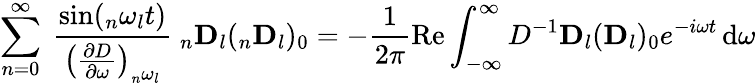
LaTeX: \sum_{n=0}^{\infty}\ \frac{\sin(_{n}\omega_{l}t)}{\left(\frac{\partial D}{\partial\omega}\right)_{_{n}\omega_{l}}}\ _{n}\mathbf{D}_{l}(_{n}\mathbf{D}_{l})_{0}=-\frac{1}{2\pi}\mathrm{Re}\int_{-\infty}^{\infty}D^{-1}\mathbf{D}_{l}(\mathbf{D}_{l})_{0}e^{-i\omega t}\operatorname{d}\! \omega